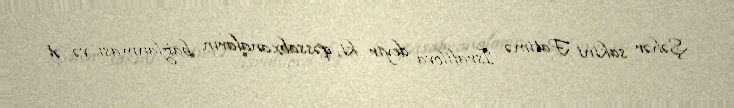
Şəhər sakini Fatimə İsrafilova deyir ki, qəssabxanaların bağlanması və ət